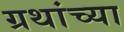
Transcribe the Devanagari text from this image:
ग्रथांच्या